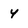
Character: 4